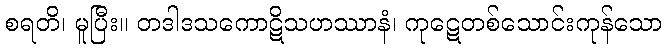
စရတိ၊ မူပြီး။ တဒါဒသကောဋိသဟဿာနံ၊ ကုဋေတစ်သောင်းကုန်သော